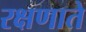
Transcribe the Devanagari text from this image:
रक्षणाते